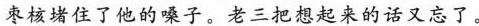
枣核堵住了他的嗓子。老三把想起来的话又忘了。